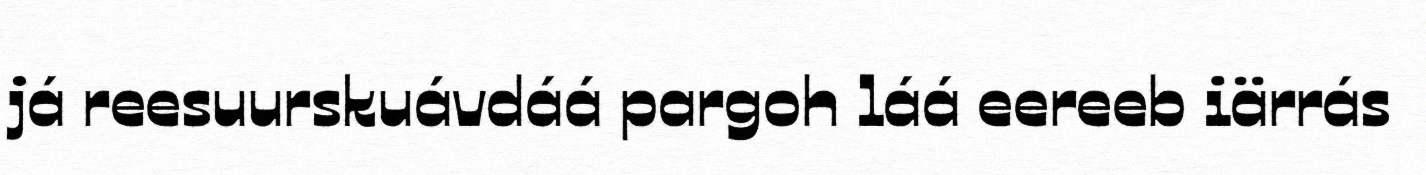
já reesuurskuávdáá pargoh láá eereeb iärrás